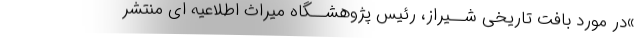
»در مورد بافت تاریخی شــیراز، رئیس پژوهشــگاه میراث اطلاعیه ای منتشر